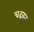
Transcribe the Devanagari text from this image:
चढवुन